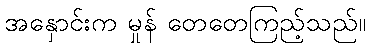
အနှောင်းက မှုန် တေတေကြည့်သည်။